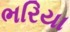
ભરિયા